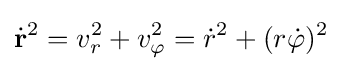
{\dot {\mathbf {r} }}^{2}=v_{r}^{2}+v_{\varphi }^{2}={\dot {r}}^{2}+(r{\dot {\varphi }})^{2}